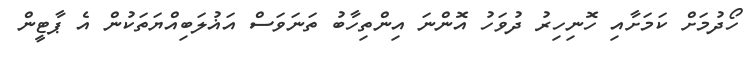
ހޯދުމަށް ކަމަށާއި ހޮނިހިރު ދުވަހު އޮންނަ އިންތިހާބު ތަނަވަސް އަޣުލަބިއްޔަތަކުން އެ ޕާޓީން